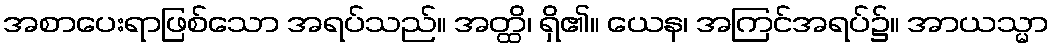
အစာပေးရာဖြစ်သော အရပ်သည်။ အတ္ထိ၊ ရှိ၏။ ယေန၊ အကြင်အရပ်၌။ အာယသ္မာ